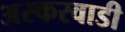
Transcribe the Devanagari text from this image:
अस्करवाडी